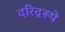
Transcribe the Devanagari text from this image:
दरिद्ररूपे